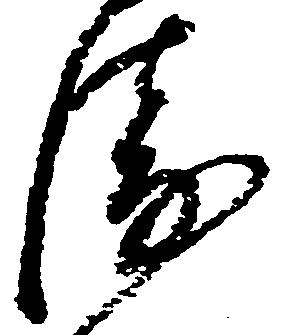
衛